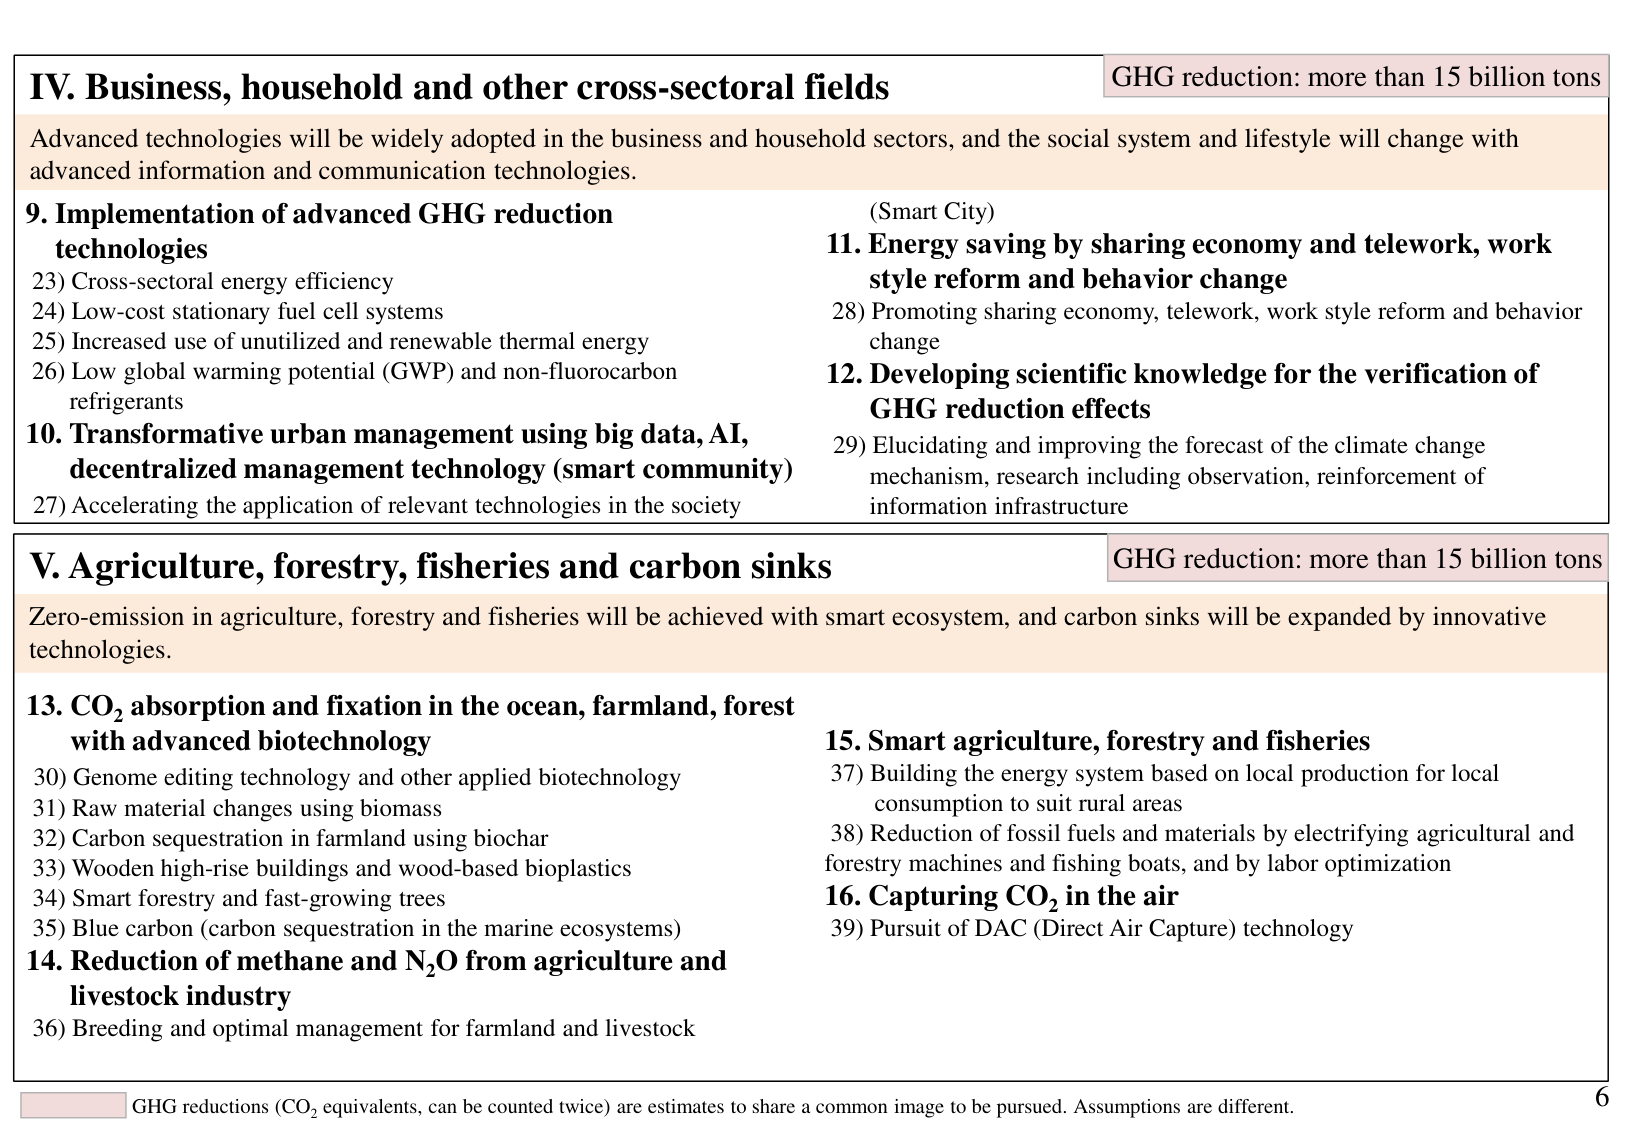
IV. Business, household and other cross-sectoral fields
GHG reduction: more than 15 billion tons

Advanced technologies will be widely adopted in the business and household sectors, and the social system and lifestyle will change with advanced information and communication technologies.

9. Implementation of advanced GHG reduction technologies
23) Cross-sectoral energy efficiency
24) Low-cost stationary fuel cell systems
25) Increased use of unutilized and renewable thermal energy
26) Low global warming potential (GWP) and non-fluorocarbon refrigerants

10. Transformative urban management using big data, AI, decentralized management technology (smart community)
27) Accelerating the application of relevant technologies in the society

(Smart City)
11. Energy saving by sharing economy and telework, work style reform and behavior change
28) Promoting sharing economy, telework, work style reform and behavior change

12. Developing scientific knowledge for the verification of GHG reduction effects
29) Elucidating and improving the forecast of the climate change mechanism, research including observation, reinforcement of information infrastructure

V. Agriculture, forestry, fisheries and carbon sinks
GHG reduction: more than 15 billion tons

Zero-emission in agriculture, forestry and fisheries will be achieved with smart ecosystem, and carbon sinks will be expanded by innovative technologies.

13. CO₂ absorption and fixation in the ocean, farmland, forest with advanced biotechnology
30) Genome editing technology and other applied biotechnology
31) Raw material changes using biomass
32) Carbon sequestration in farmland using biochar
33) Wooden high-rise buildings and wood-based bioplastics
34) Smart forestry and fast-growing trees
35) Blue carbon (carbon sequestration in the marine ecosystems)

14. Reduction of methane and N₂O from agriculture and livestock industry
36) Breeding and optimal management for farmland and livestock

15. Smart agriculture, forestry and fisheries
37) Building the energy system based on local production for local consumption to suit rural areas
38) Reduction of fossil fuels and materials by electrifying agricultural and forestry machines and fishing boats, and by labor optimization

16. Capturing CO₂ in the air
39) Pursuit of DAC (Direct Air Capture) technology

GHG reductions (CO₂ equivalents, can be counted twice) are estimates to share a common image to be pursued. Assumptions are different.
6